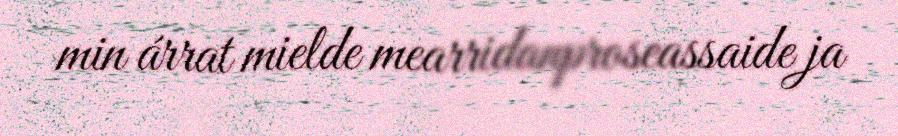
min árrat mielde mearridanproseassaide ja